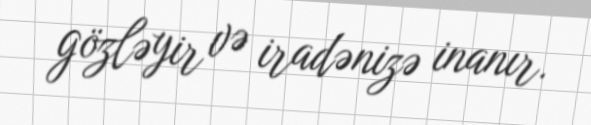
gözləyir və iradənizə inanır.